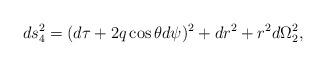
LaTeX: \begin{align*}ds^2_{4} = (d\tau + 2q \cos\theta d\psi)^2 + dr^2 + r^2d\Omega_{2}^{2},\end{align*}